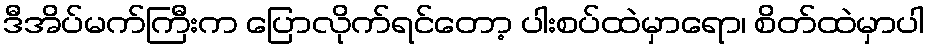
ဒီအိပ်မက်ကြီးက ပြောလိုက်ရင်တော့ ပါးစပ်ထဲမှာရော၊ စိတ်ထဲမှာပါ